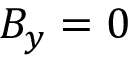
B _ { y } = 0